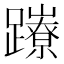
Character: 𨇉